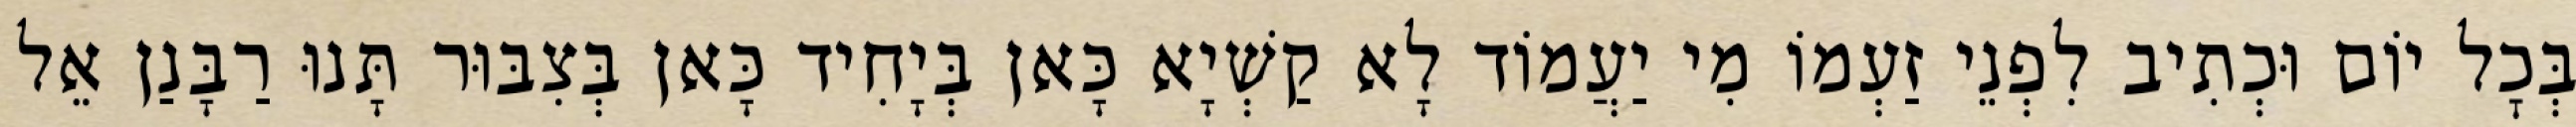
בְּכׇל יוֹם וּכְתִיב לִפְנֵי זַעְמוֹ מִי יַעֲמוֹד לָא קַשְׁיָא כָּאן בְּיָחִיד כָּאן בְּצִבּוּר תָּנוּ רַבָּנַן אֵל